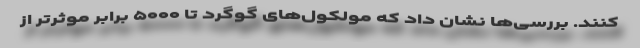
کنند. بررسی‌ها نشان داد که مولکول‌های گوگرد تا ۵۰۰۰ برابر موثرتر از